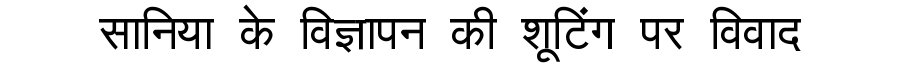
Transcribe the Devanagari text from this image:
सानिया के विज्ञापन की शूटिंग पर विवाद